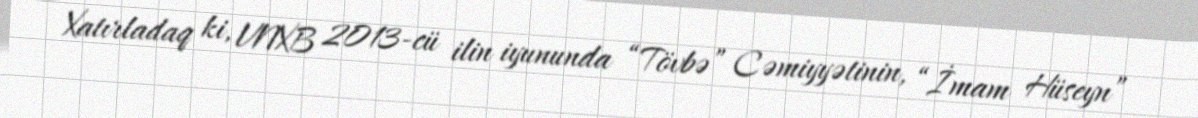
Xatırladaq ki, VNXB 2013-cü ilin iyununda “Tövbə” Cəmiyyətinin, “İmam Hüseyn”